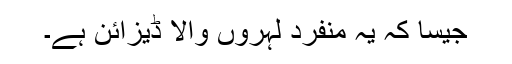
جیسا کہ یہ منفرد لہروں والا ڈیزائن ہے۔